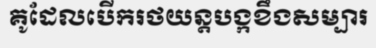
គូដែលបើករថយន្តបង្កខឹងសម្បារ